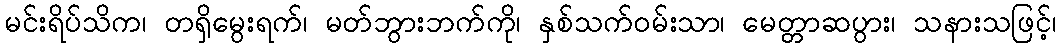
မင်းရိပ်သိက၊ တရှိမွေးရက်၊ မတ်ဘွားဘက်ကို၊ နှစ်သက်ဝမ်းသာ၊ မေတ္တာဆပွား၊ သနားသဖြင့်၊